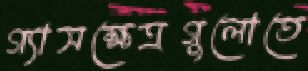
গ্যাসক্ষেত্রগুলোতে